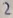
Text: 2